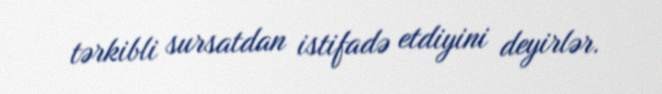
tərkibli sursatdan istifadə etdiyini deyirlər.